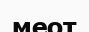
меот